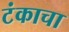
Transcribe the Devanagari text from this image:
टंकाचा